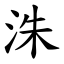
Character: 洙